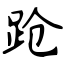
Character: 跄